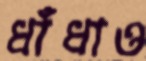
ধাঁধাও